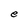
Character: e